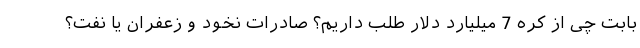
بابت چی از کره 7 میلیارد دلار طلب داریم؟ صادرات نخود و زعفران یا نفت؟